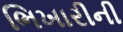
ભિખારીની